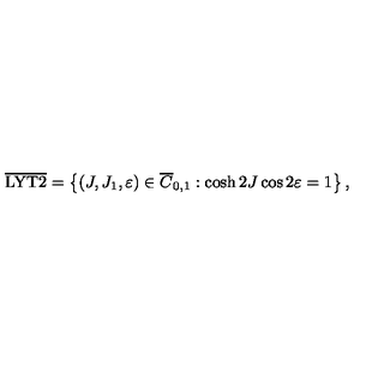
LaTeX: \overline { \mathrm { L Y T 2 } } = \left\{ ( J , J _ { 1 } , \varepsilon ) \in \overline { C } _ { 0 , 1 } : \cosh 2 J \cos 2 \varepsilon = 1 \right\} ,